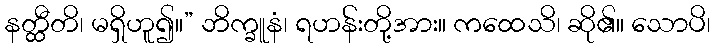
နတ္ထီတိ၊ မရှိဟူ၍။” ဘိက္ခူနံ၊ ရဟန်းတို့အား။ ကထေသိ၊ ဆို၏။ သောပိ၊